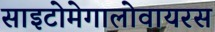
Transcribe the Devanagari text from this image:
साइटोमेगालोवायरस